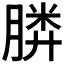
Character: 𣎌